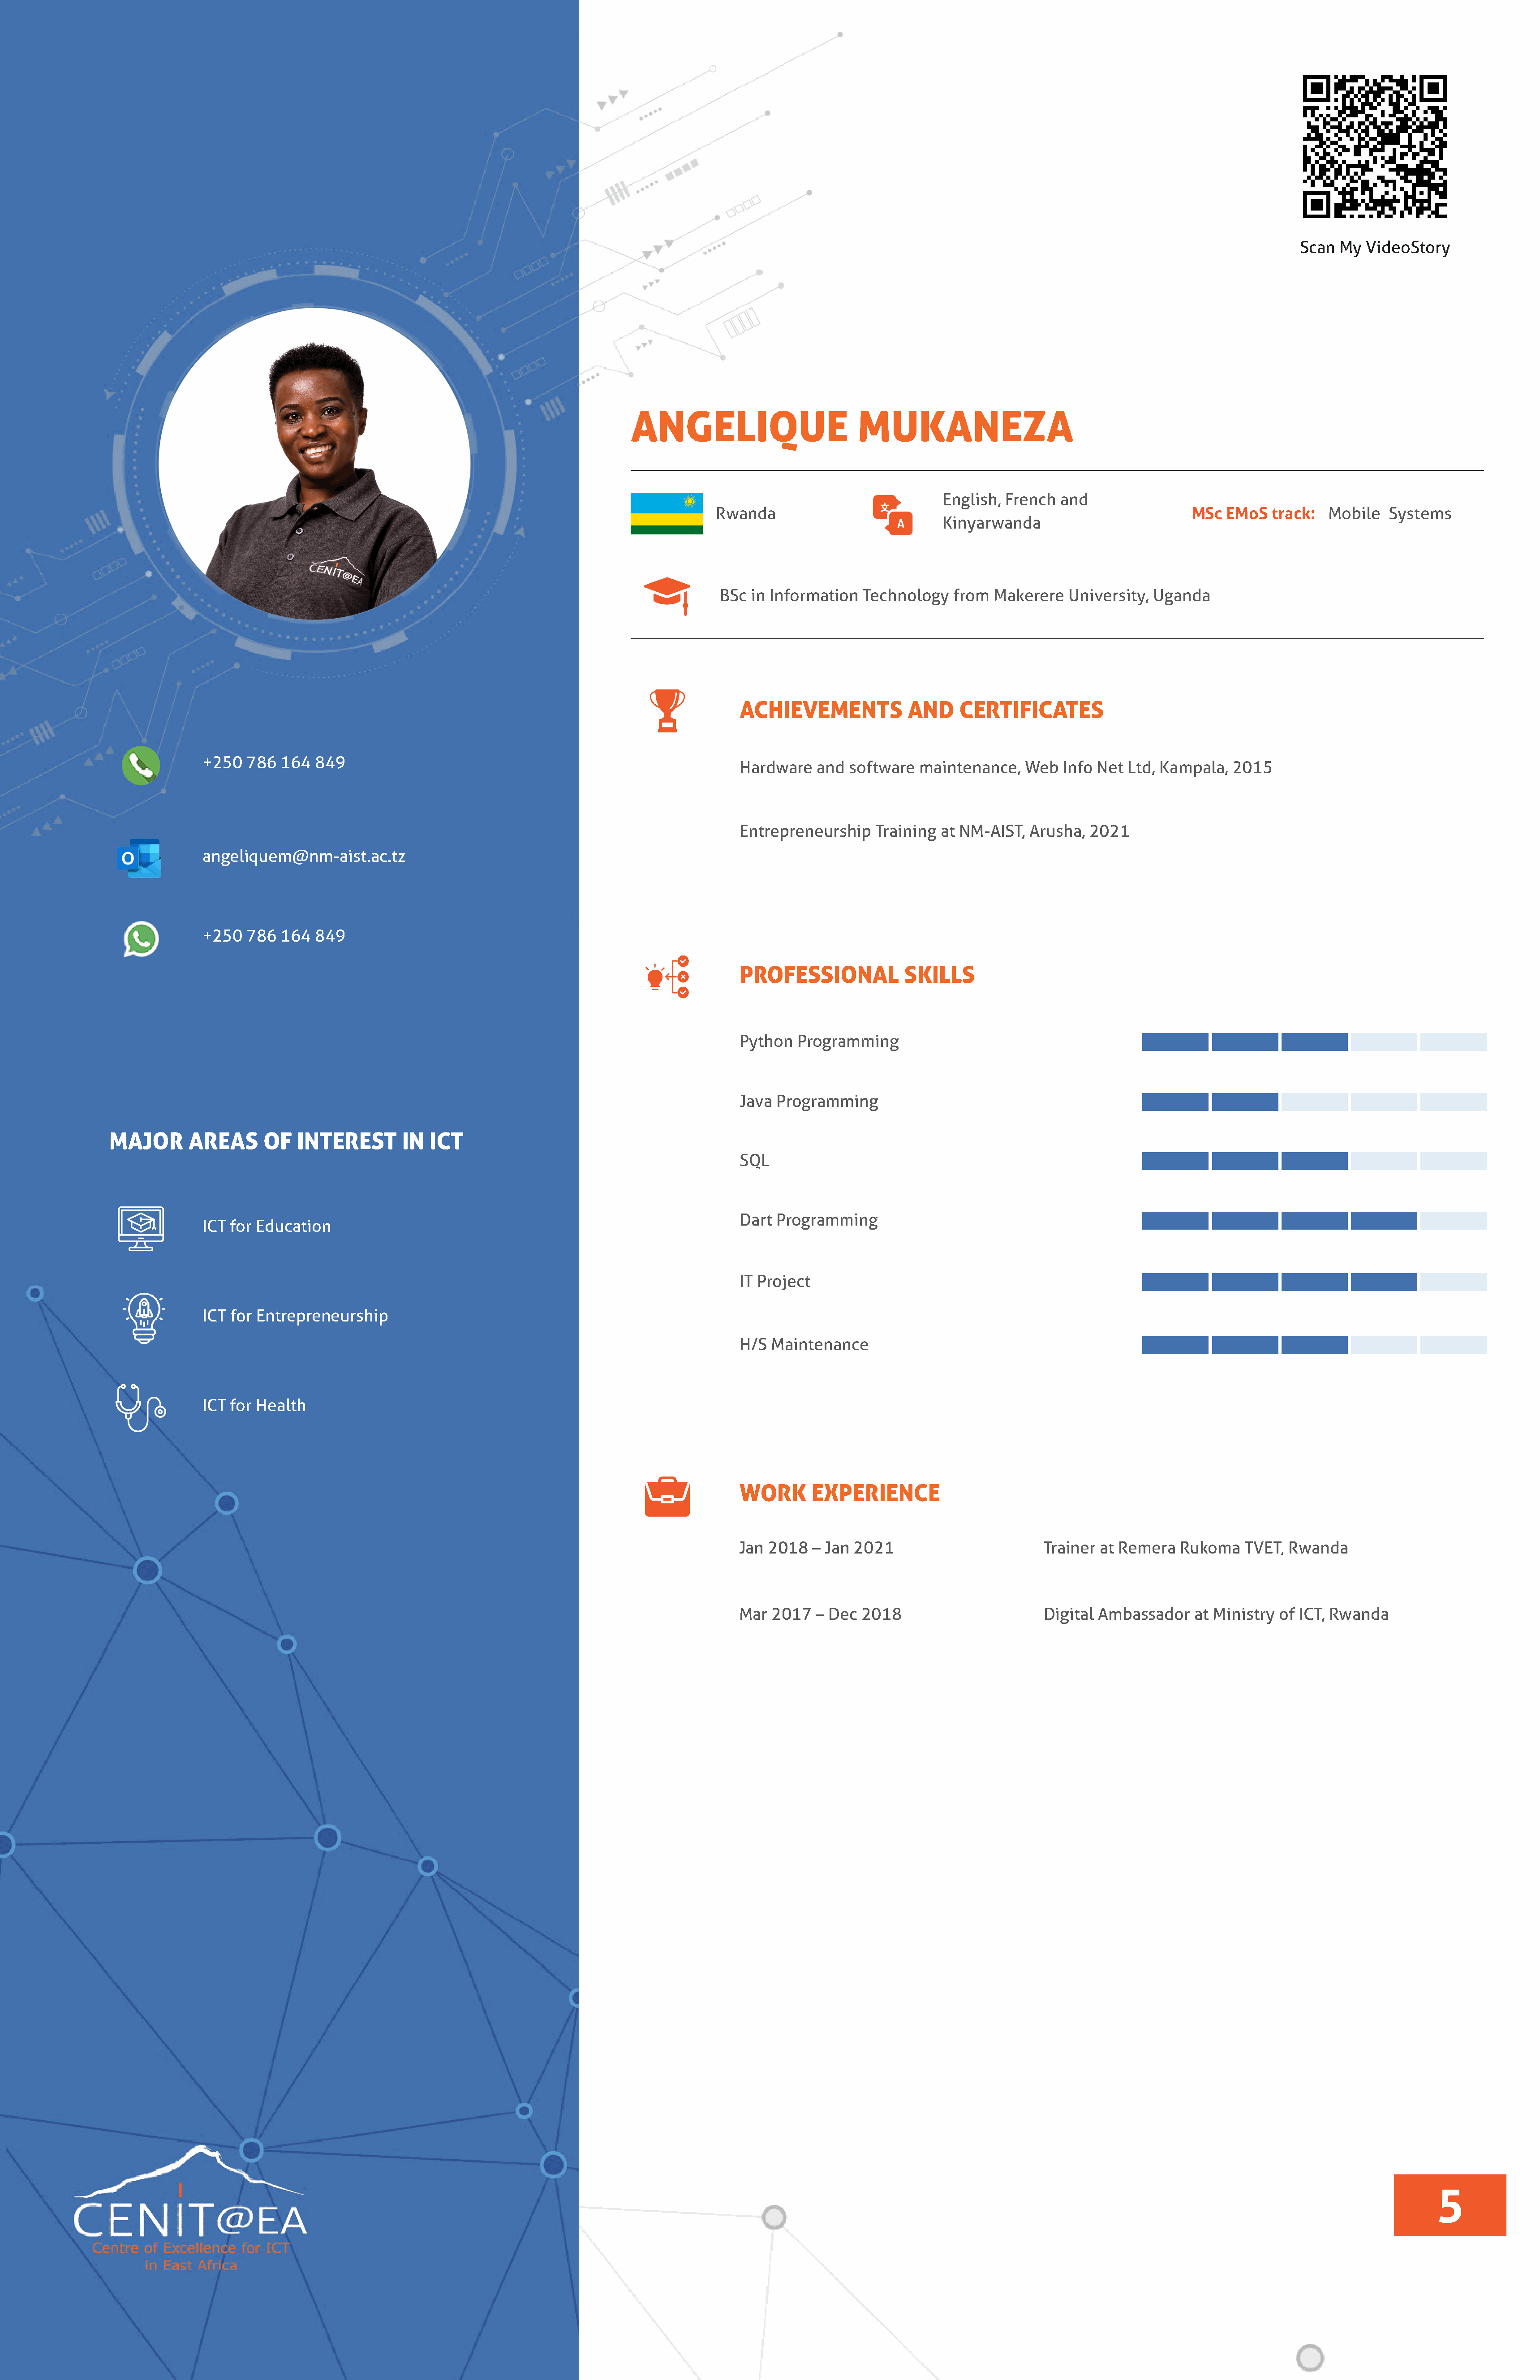
Scan  My  VideoStory
 ANGELIQUE                         MUKANEZA
 English,  French  and
 Rwanda                                                                MSc  EMoS   track:  Mobile   Systems
 Kinyarwanda
 BSc  in Information   Technology   from  Makerere   University, Uganda
 ACHIEVEMENTS             AND     CERTIFICATES
 +250  786   164  849
 Hardware    and software   maintenance,   Web   Info Net  Ltd, Kampala,  2015
 Entrepreneurship    Training  at NM-AIST,  Arusha,  2021
 angeliquem@nm-aist.ac.tz
 +250  786   164  849
 PROFESSIONAL             SKILLS
 Python   Programming
 Java  Programming
 MAJOR       AREAS      OF   INTEREST       IN  ICT
 SQL
 Dart  Programming
 ICT for Education
 IT Project
 ICT for Entrepreneurship
 H/S  Maintenance
 ICT for Health
 WORK       EXPERIENCE
 Jan  2018  – Jan 2021                        Trainer  at Remera  Rukoma    TVET, Rwanda
 Mar  2017   – Dec 2018                       Digital Ambassador     at Ministry of ICT, Rwanda
 5